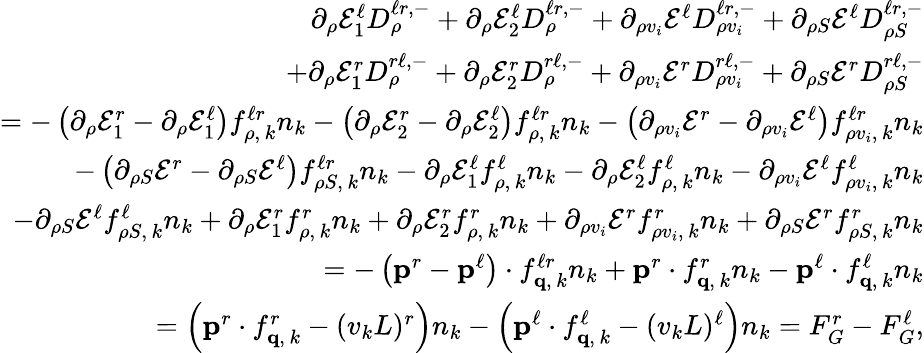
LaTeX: \begin{array}{r}{\partial_{\rho}\mathcal{E}_{1}^{\ell}D_{\rho}^{\ell\mathcal{r},-}+\partial_{\rho}\mathcal{E}_{2}^{\ell}D_{\rho}^{\ell\mathcal{r},-}+\partial_{\rho v_{i}}\mathcal{E}^{\ell}D_{\rho v_{i}}^{\ell\mathcal{r},-}+\partial_{\rho S}\mathcal{E}^{\ell}D_{\rho S}^{\ell\mathcal{r},-}}\\ {+\partial_{\rho}\mathcal{E}_{1}^{\mathcal{r}}D_{\rho}^{\mathcal{r}\ell,-}+\partial_{\rho}\mathcal{E}_{2}^{\mathcal{r}}D_{\rho}^{\mathcal{r}\ell,-}+\partial_{\rho v_{i}}\mathcal{E}^{\mathcal{r}}D_{\rho v_{i}}^{\mathcal{r}\ell,-}+\partial_{\rho S}\mathcal{E}^{\mathcal{r}}D_{\rho S}^{\mathcal{r}\ell,-}}\\ {=-\left(\partial_{\rho}\mathcal{E}_{1}^{\mathcal{r}}-\partial_{\rho}\mathcal{E}_{1}^{\ell}\right)f_{\rho,\, k}^{\ell\mathcal{r}}n_{k}-\left(\partial_{\rho}\mathcal{E}_{2}^{\mathcal{r}}-\partial_{\rho}\mathcal{E}_{2}^{\ell}\right)f_{\rho,\, k}^{\ell\mathcal{r}}n_{k}-\left(\partial_{\rho v_{i}}\mathcal{E}^{\mathcal{r}}-\partial_{\rho v_{i}}\mathcal{E}^{\ell}\right)f_{\rho v_{i},\, k}^{\ell\mathcal{r}}n_{k}}\\ {-\left(\partial_{\rho S}\mathcal{E}^{\mathcal{r}}-\partial_{\rho S}\mathcal{E}^{\ell}\right)f_{\rho S,\, k}^{\ell\mathcal{r}}n_{k}-\partial_{\rho}\mathcal{E}_{1}^{\ell}f_{\rho,\, k}^{\ell}n_{k}-\partial_{\rho}\mathcal{E}_{2}^{\ell}f_{\rho,\, k}^{\ell}n_{k}-\partial_{\rho v_{i}}\mathcal{E}^{\ell}f_{\rho v_{i},\, k}^{\ell}n_{k}}\\ {-\partial_{\rho S}\mathcal{E}^{\ell}f_{\rho S,\, k}^{\ell}n_{k}+\partial_{\rho}\mathcal{E}_{1}^{\mathcal{r}}f_{\rho,\, k}^{\mathcal{r}}n_{k}+\partial_{\rho}\mathcal{E}_{2}^{\mathcal{r}}f_{\rho,\, k}^{\mathcal{r}}n_{k}+\partial_{\rho v_{i}}\mathcal{E}^{\mathcal{r}}f_{\rho v_{i},\, k}^{\mathcal{r}}n_{k}+\partial_{\rho S}\mathcal{E}^{\mathcal{r}}f_{\rho S,\, k}^{\mathcal{r}}n_{k}}\\ {=-\left(\mathbf{p}^{\mathcal{r}}-\mathbf{p}^{\ell}\right)\cdot f_{\mathbf{q},\, k}^{\ell\mathcal{r}}n_{k}+\mathbf{p}^{\mathcal{r}}\cdot f_{\mathbf{q},\, k}^{\mathcal{r}}n_{k}-\mathbf{p}^{\ell}\cdot f_{\mathbf{q},\, k}^{\ell}n_{k}}\\ {=\left(\mathbf{p}^{\mathcal{r}}\cdot f_{\mathbf{q},\, k}^{\mathcal{r}}-(v_{k}L)^{\mathcal{r}}\right)n_{k}-\left(\mathbf{p}^{\ell}\cdot f_{\mathbf{q},\, k}^{\ell}-(v_{k}L)^{\ell}\right)n_{k}=F_{G}^{\mathcal{r}}-F_{G}^{\ell},}\end{array}